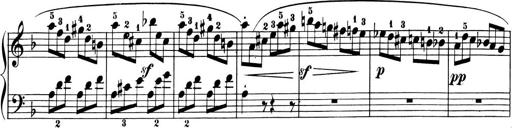
Title: 6 Piano Sonatinas
Composer: Cornelius Gurlitt